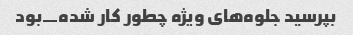
بپرسید جلوه‌های ویژه چطور کار شده_بود